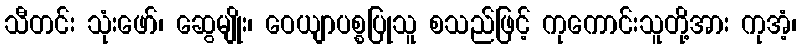
သီတင်း သုံးဖော်၊ ဆွေမျိုး၊ ဝေယျာပစ္စပြုသူ စသည်ဖြင့် ကုကောင်းသူတို့အား ကုအံ့၊